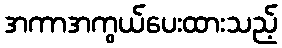
အကာအကွယ်ပေးထားသည့်